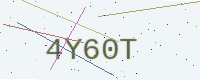
Text: 4Y60T